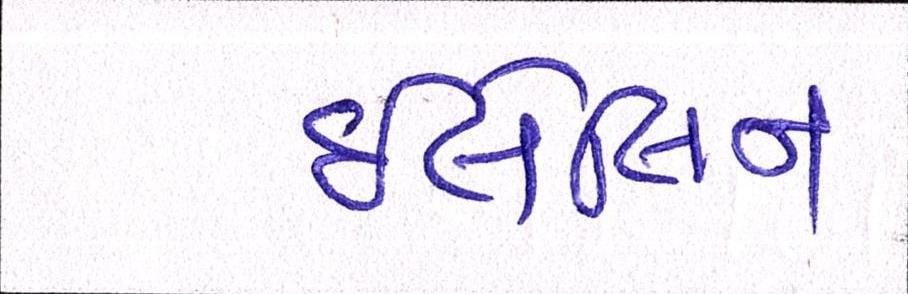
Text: ઇવેલિન